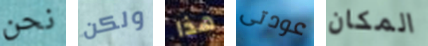
نحن ولكن هذا عودتى المكان